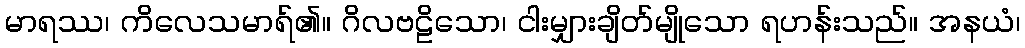
မာရဿ၊ ကိလေသမာရ်၏။ ဂိလဗဠိသော၊ ငါးမျှားချိတ်မျိုသော ရဟန်းသည်။ အနယံ၊